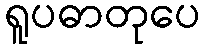
ရူပဓာတုပေ